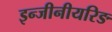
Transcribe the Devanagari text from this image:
इन्जीनीयरिङ